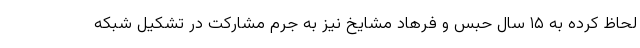
لحاظ کرده به ۱۵ سال حبس و فرهاد مشایخ نیز به جرم مشارکت در تشکیل شبکه